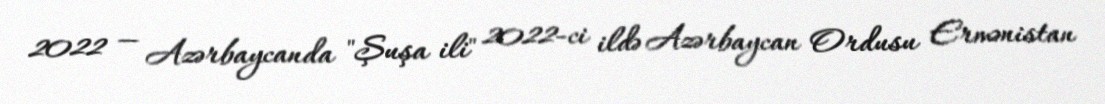
2022 — Azərbaycanda "Şuşa ili" 2022-ci ildə Azərbaycan Ordusu Ermənistan